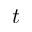
t